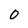
Character: 0